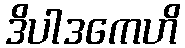
ဒိပါဒကေဟိ